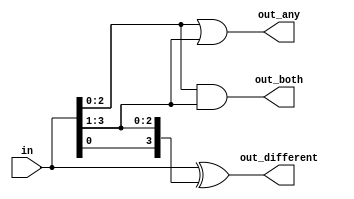
module gatesv (
  input [3:0] in,
  output [2:0] out_both,
  output [3:1] out_any,
  output [3:0] out_different

);

  assign out_both = in[2:0] & in[3:1];
  assign out_any = in[2:0] | in[3:1];
  assign out_different = in^{in[0], in[3:1]};

endmodule